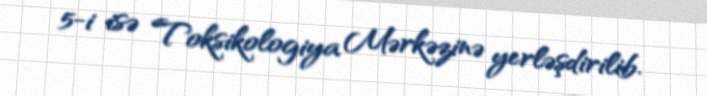
5-i isə Toksikologiya Mərkəzinə yerləşdirilib.